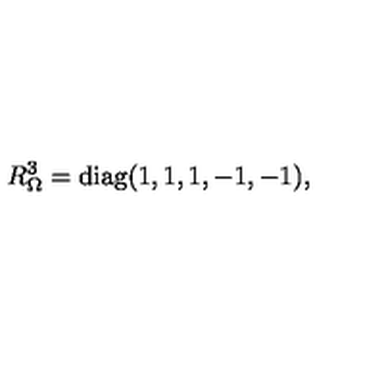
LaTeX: R _ { \Omega } ^ { 3 } = \mathrm { d i a g } ( 1 , 1 , 1 , - 1 , - 1 ) , \,